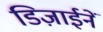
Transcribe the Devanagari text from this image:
डिज़ाईनें